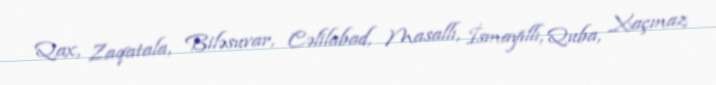
Qax, Zaqatala, Biləsuvar, Cəlilabad, Masallı, İsmayıllı, Quba, Xaçmaz